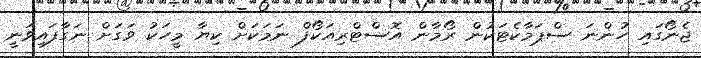
ޖެނޯގައި ހުންނަ ސްޕަމާކެޓަކުން ރޯމާން އޮސްޓްރިއަކޯފް ނަމަކަށް ކިޔާ މީހަކު ވަގަށް ނަގާފައިވަނީ